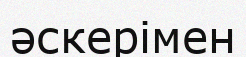
әскерімен